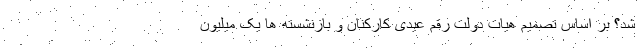
شد؟ بر اساس تصمیم هیات دولت رقم عیدی کارکنان و بازنشسته ها یک میلیون